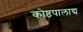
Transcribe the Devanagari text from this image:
कोष्ठपालाद्य